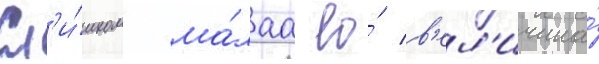
Сл'и́шком ма́лаа ео́ в'ел'ичина́